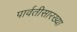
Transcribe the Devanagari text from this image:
पार्वतीसारख्या